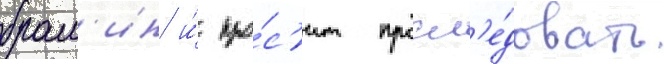
брам'ин и́ про́с'ит просл'е́довать